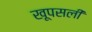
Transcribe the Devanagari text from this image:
खूपसली